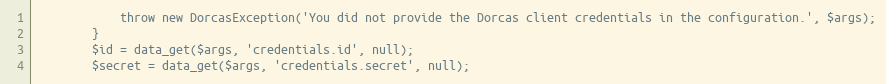
Language: PHP
            throw new DorcasException('You did not provide the Dorcas client credentials in the configuration.', $args);
        }
        $id = data_get($args, 'credentials.id', null);
        $secret = data_get($args, 'credentials.secret', null);